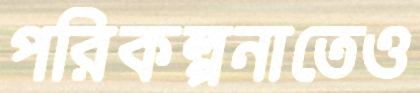
পরিকল্পনাতেও